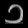
Digit: ၁